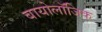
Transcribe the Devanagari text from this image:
बायोलॉजिक